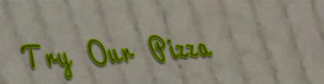
Try Our Pizza